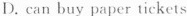
D. can buy paper tickets